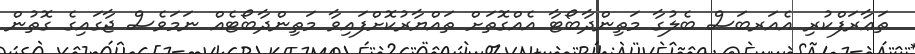
ތަޢާރަފްކުރި އެއަރބަސް ބެލުގާ މަތިންދާބޯޓާ އެއްގޮތަށް ތައްޔާރުކޮށްފައިވާ މަތިންދާބޯޓެއް ނަމަވެސް ޖާގައިގެ ގޮތުން